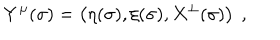
Y ^ { \mu } ( \sigma ) = \left( \eta ( \sigma ) , \xi ( \sigma ) , X ^ { \bot } ( \sigma ) \right) \ ,